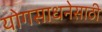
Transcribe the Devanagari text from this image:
योगसाधनेसाठी